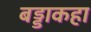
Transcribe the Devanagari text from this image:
बड्डाकहा